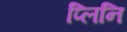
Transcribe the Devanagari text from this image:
प्लिनि